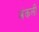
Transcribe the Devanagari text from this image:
अंकली